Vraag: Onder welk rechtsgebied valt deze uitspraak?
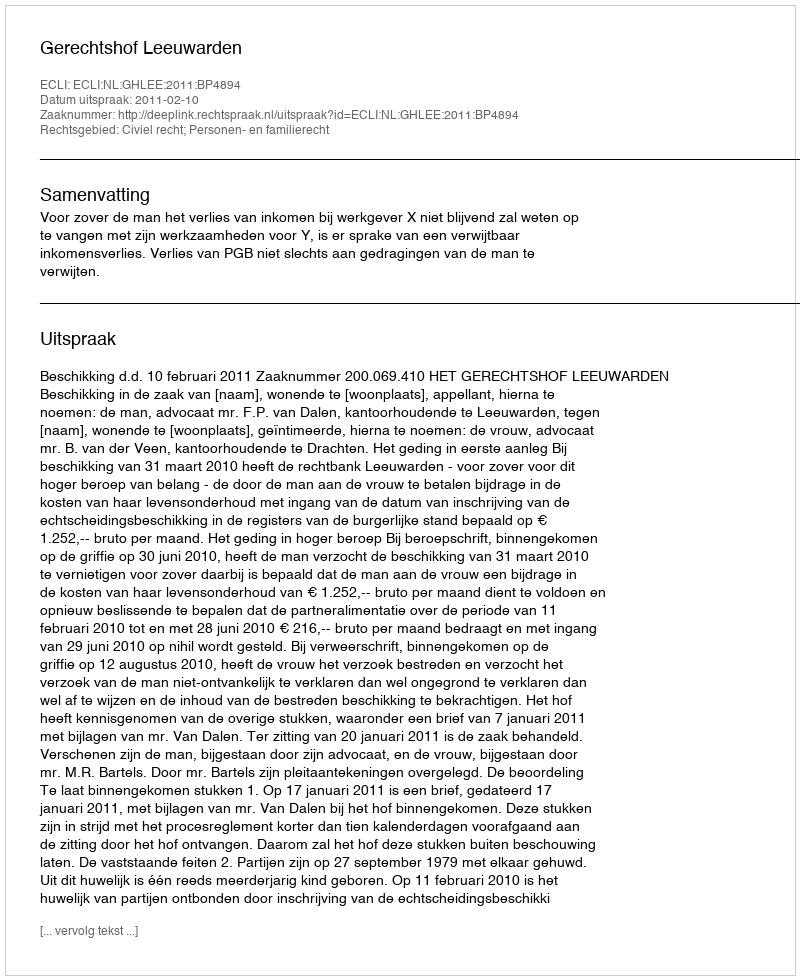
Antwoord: Civiel recht; Personen- en familierecht